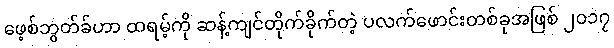
ဖေ့စ်ဘွတ်ခ်ဟာ ထရမ့်ကို ဆန့်ကျင်တိုက်ခိုက်တဲ့ ပလက်ဖောင်းတစ်ခုအဖြစ် ၂၀၁၇